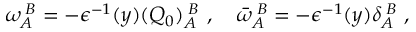
\omega _ { A } ^ { \; B } = - \epsilon ^ { - 1 } ( y ) ( Q _ { 0 } ) _ { A } ^ { \; B } \ , \quad \bar { \omega } _ { A } ^ { \; B } = - \epsilon ^ { - 1 } ( y ) \delta _ { A } ^ { \; B } \ ,